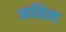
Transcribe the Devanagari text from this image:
आसिन्‍द